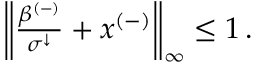
\begin{array} { r } { \left\lVert \frac { \beta ^ { ( - ) } } { \sigma ^ { \downarrow } } + x ^ { ( - ) } \right\rVert _ { \infty } \leq 1 \, . } \end{array}